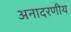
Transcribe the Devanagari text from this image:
अनादरणीय